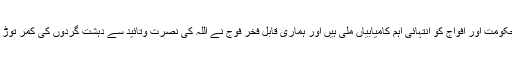
اس آپریشن میں حکومت اور افواج کو انتہائی اہم کامیابیاں ملی ہیں اور ہماری قابل فخر فوج نے اللہ کی نصرت وتائید سے دہشت گردوں کی کمر توڑ کر رکھ دی ہے۔